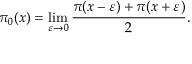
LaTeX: \pi _ { 0 } ( x ) = \operatorname* { l i m } _ { \varepsilon \rightarrow 0 } { \frac { \pi ( x - \varepsilon ) + \pi ( x + \varepsilon ) } { 2 } } .